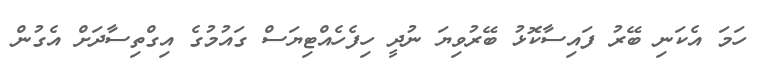
ހަމަ އެކަނި ބޭރު ފައިސާކޮޅު ބޭރުވިޔަ ނުދީ ހިފެހެއްޓިޔަސް ގައުމުގެ އިގްތިސާދަށް އެގުން